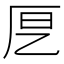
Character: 𭆂